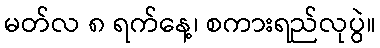
မတ်လ ၈ ရက်နေ့၊ စကားရည်လုပွဲ။